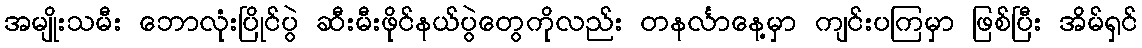
အမျိုးသမီး ဘောလုံးပြိုင်ပွဲ ဆီးမီးဖိုင်နယ်ပွဲတွေကိုလည်း တနင်္လာနေ့မှာ ကျင်းပကြမှာ ဖြစ်ပြီး အိမ်ရှင်